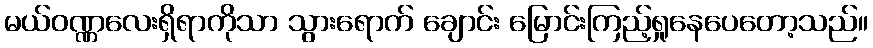
မယ်ဝဏ္ဏလေးရှိရာကိုသာ သွားရောက် ချောင်း မြောင်းကြည့်ရှုနေပေတော့သည်။